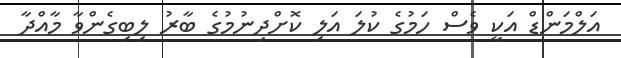
އަލްމަންޑް އަކީ ވެސް ހަމުގެ ކުލަ އަލި ކޮށްދިނުމުގެ ބާރު ލިބިގެންވާ މާއްދާ